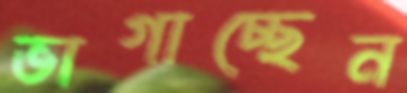
ভাগাচ্ছেন